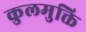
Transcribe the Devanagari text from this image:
कुलमुक्ति